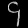
Digit: ၄